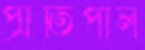
প্রীতিপাল